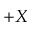
+ X